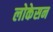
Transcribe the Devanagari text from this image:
लोकेसन